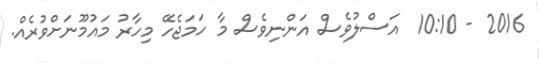
2016 - 10:10  އަސްލުވެސް އަންނިވެސް މާ ހަމަޖެހޭ މިހާރު މައުމޫނަށްވުރެއް.